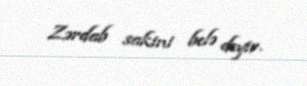
Zərdab sakini belə deyir.